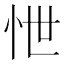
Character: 怈